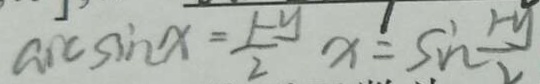
\arcsin x = \frac { 1 - y } { 2 } x = \sin \frac { 1 - y } { 2 }